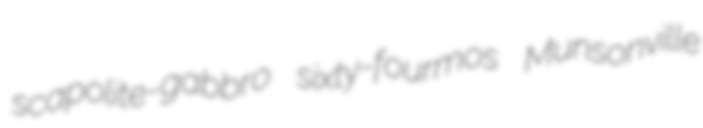
scapolite-gabbro sixty-fourmos Munsonville